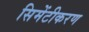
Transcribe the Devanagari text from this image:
सिमेंटीकरण